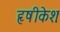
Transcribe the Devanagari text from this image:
हृषीकेशः